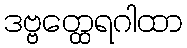
ဒဗ္ဗတ္ထေရဂါထာ